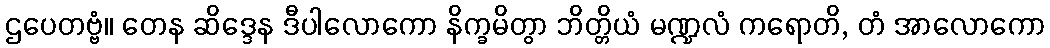
ဌပေတဗ္ဗံ။ တေန ဆိဒ္ဒေန ဒီပါလောကော နိက္ခမိတွာ ဘိတ္တိယံ မဏ္ဍလံ ကရောတိ, တံ အာလောကော